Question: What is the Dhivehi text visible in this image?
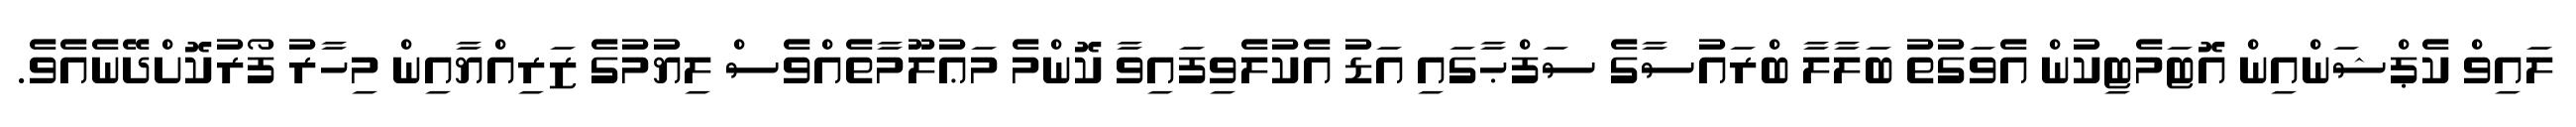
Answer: ލައިވް ކެޕްޝަންއިން އޮޓަމެޓިކުން އެވަގުތު ބަލާލާ ބްރައުސާގެ ސަފްޙާގައި އަޑު އެކުލެވިފައިވާ ކޮންމެ މަޢުލޫމާތެއްވެސް ލިޔުމުގެ ޒަރިއްޔާއިން މިހާރު ފޯރުކޮށްދޭނެއެވެ.